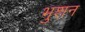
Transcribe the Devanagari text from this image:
भुशन